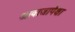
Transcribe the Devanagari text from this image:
आवाजापेक्षा